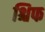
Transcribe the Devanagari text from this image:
श्चिफ